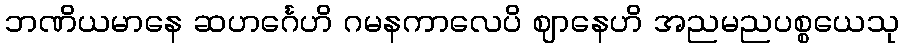
ဘဏိယမာနေ ဆဟင်္ဂေဟိ ဂမနကာလေပိ ဈာနေဟိ အညမညပစ္စယေသု